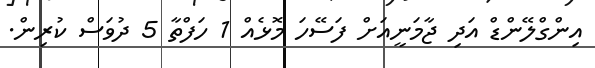
އިންގްލޭންޑް އަދި ޖާމަނީއަށް ފަސޭހަ މޮޅެއް 1 ހަފްތާ 5 ދުވަސް ކުރިން.